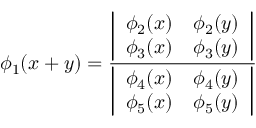
\phi _ { 1 } ( x + y ) = { \frac { \biggl | \begin{array} { l l } { { \phi _ { 2 } ( x ) } } & { { \phi _ { 2 } ( y ) } } \\ { { \phi _ { 3 } ( x ) } } & { { \phi _ { 3 } ( y ) } } \end{array} \biggr | } { \biggl | \begin{array} { l l } { { \phi _ { 4 } ( x ) } } & { { \phi _ { 4 } ( y ) } } \\ { { \phi _ { 5 } ( x ) } } & { { \phi _ { 5 } ( y ) } } \end{array} \biggr | } }